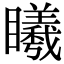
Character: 䂀